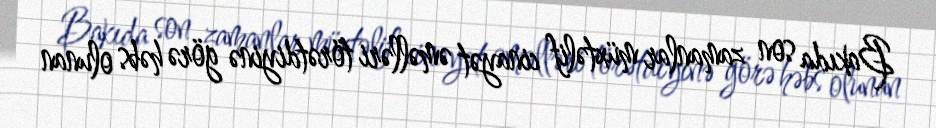
Bakıda son zamanlar müxtəlif cinayət əməlləri törətdiyinə görə həbs olunan